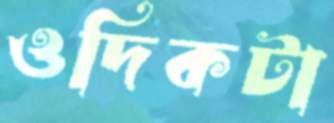
ওদিকটা